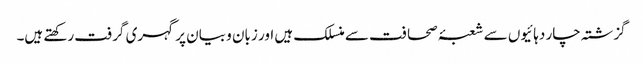
گزشتہ چار دہائیوں سے شعبۂ صحافت سے منسلک ہیں اور زبان و بیان پر گہری گرفت رکھتے ہیں۔